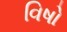
વિષો